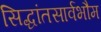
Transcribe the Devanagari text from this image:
सिद्धांतसार्वभौम